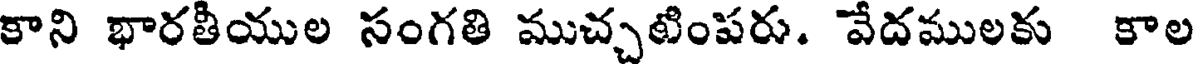
కాని భారతీయుల సంగతి ముచ్చటింపరు. వేదములకు కాల